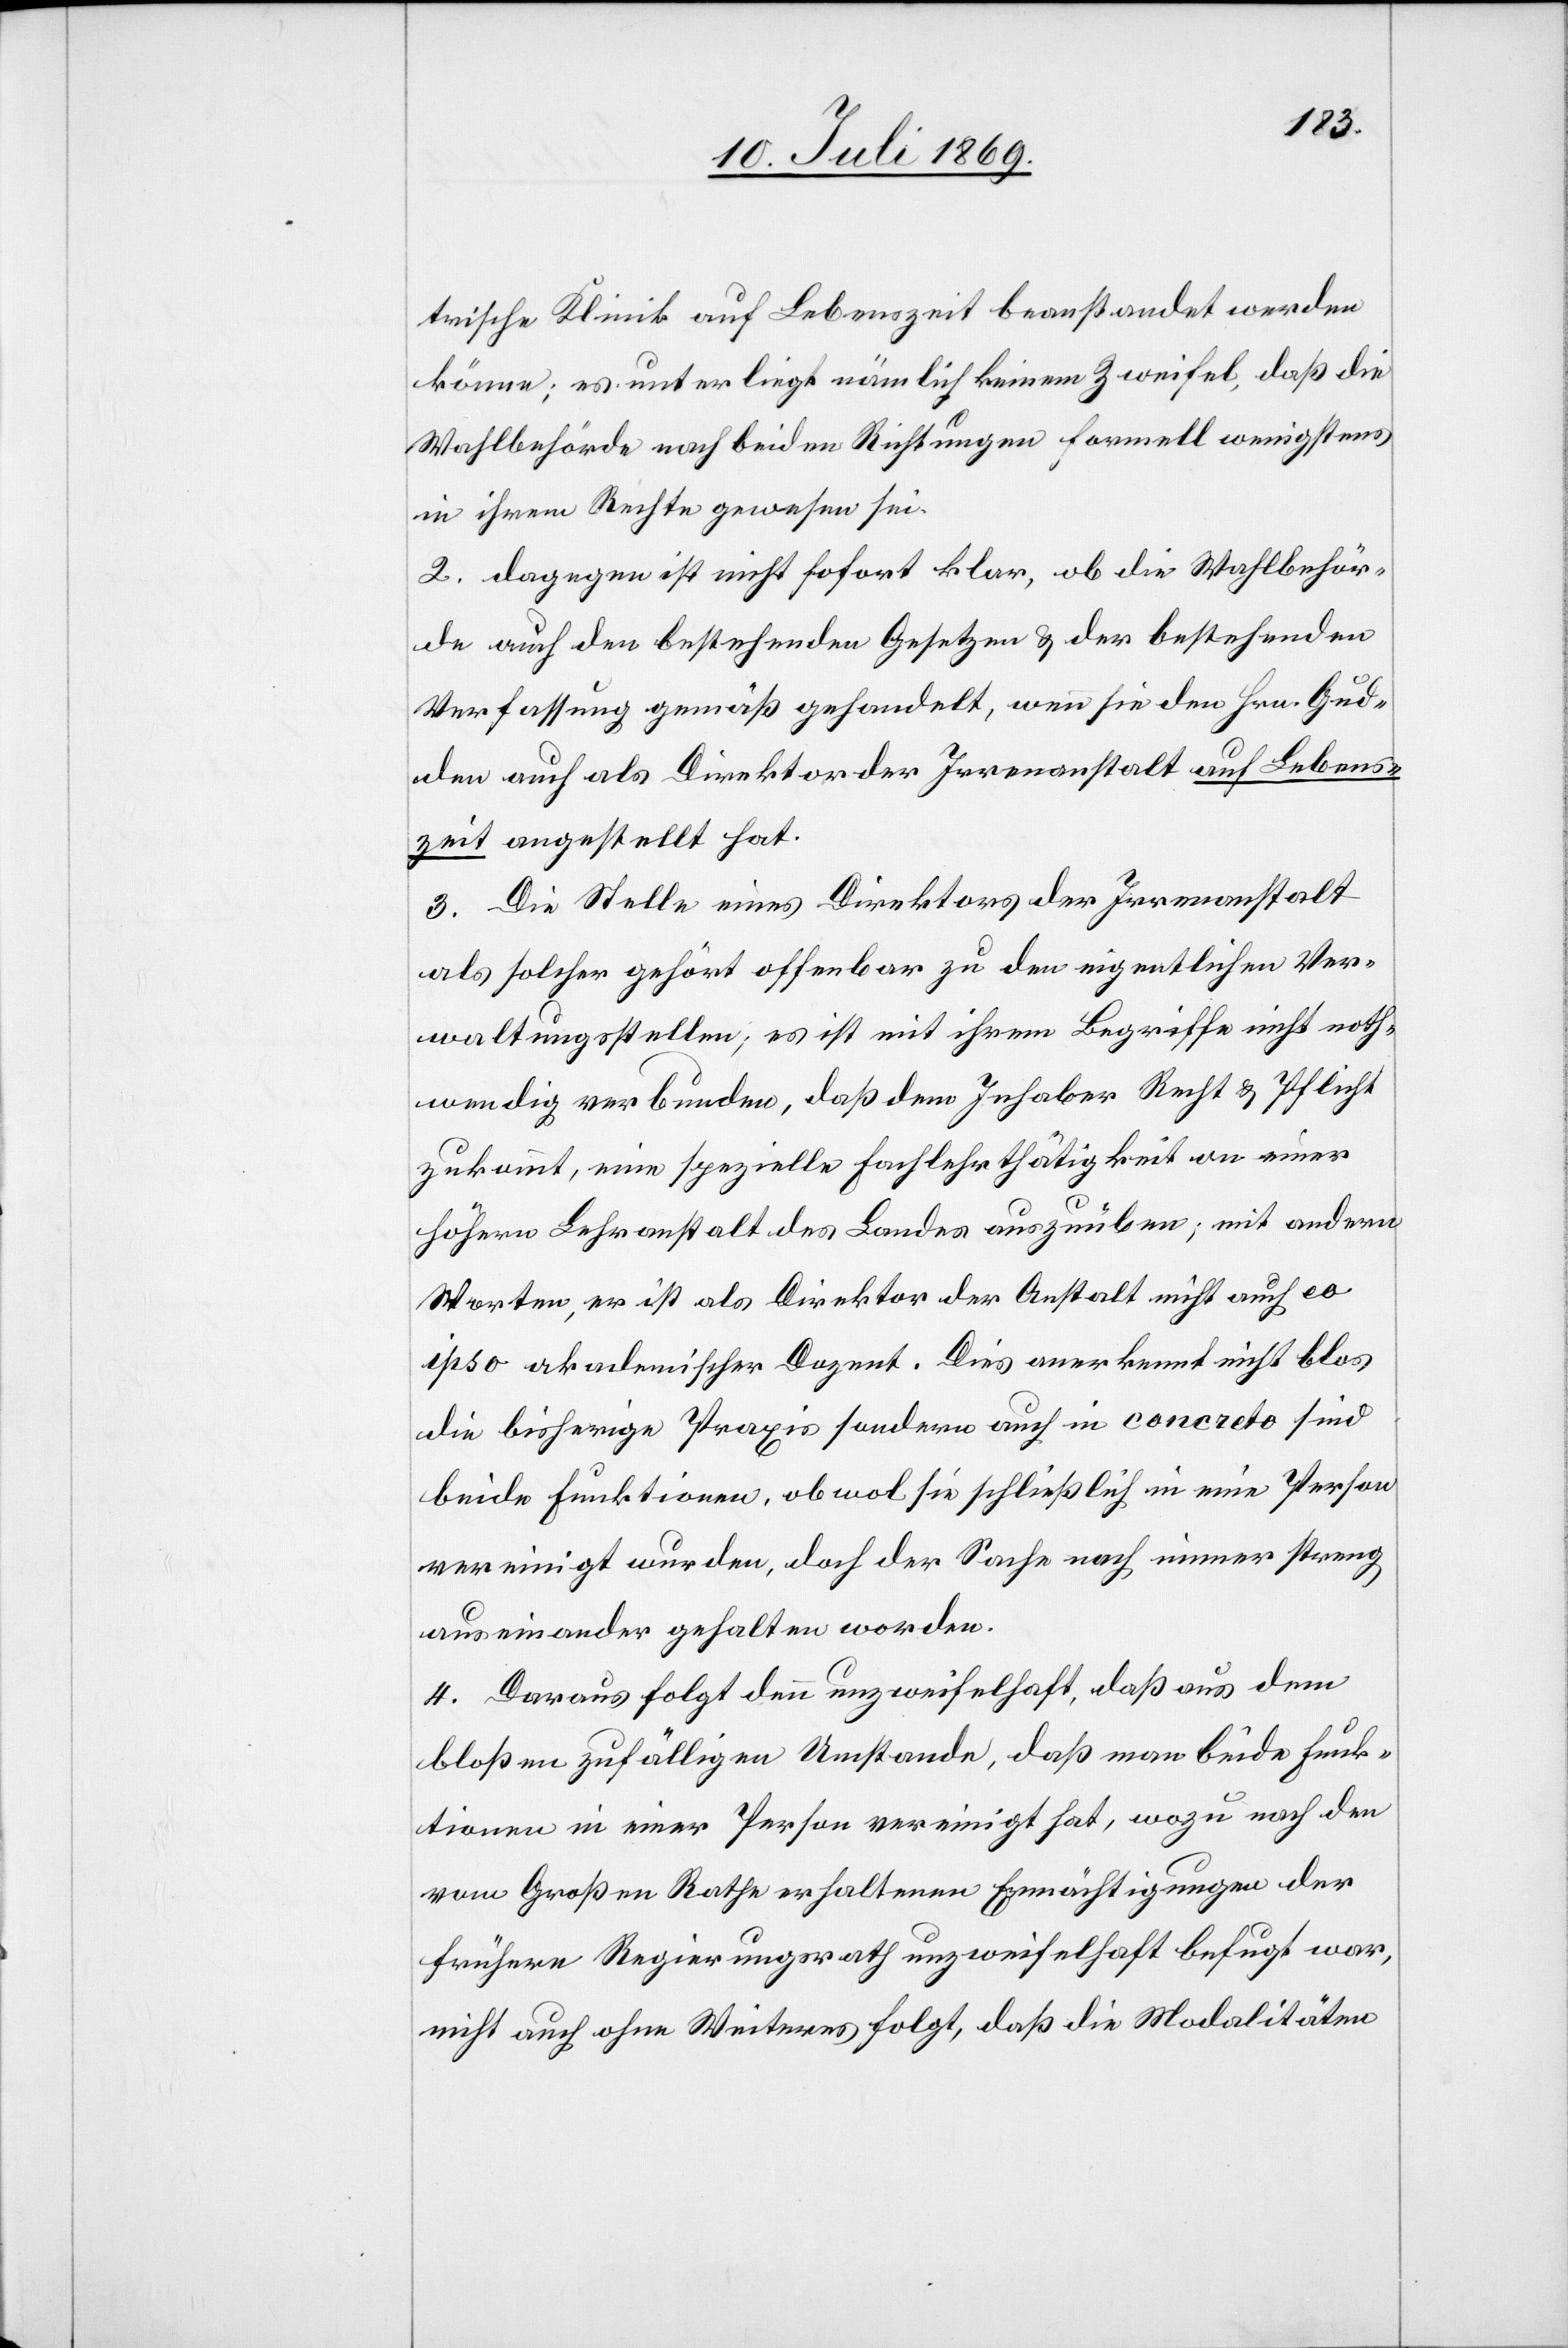
trische Klinik auf Lebenszeit beanstandet werden
könne; es unterliegt nämlich keinem Zweifel, daß die
Wahlbehörde nach beiden Richtungen formell wenigstens
in ihrem Rechte gewesen sei.
2. dagegen ist nicht sofort klar, ob die Wahlbehör¬
de auch den bestehenden Gesetzen u. der bestehenden
Verfassung gemäß gehandelt, wenn sie den Hrn. Gud¬
den auch als Direktor der Irrenanstalt auf Lebens¬
zeit angestellt hat.
3. Die Stelle eines Direktors der Irrenanstalt
als solcher gehört offenbar zu den eigentlichen Ver¬
waltungsstellen; es ist mit ihrem Begriffe nicht noth¬
wendig verbunden, daß dem Inhaber Recht u. Pflicht
zukommt, eine spezielle Fachlehrthätigkeit an einer
höhern Lehranstalt des Landes auszuüben; mit andern
Worten, er ist als Direktor der Anstalt nicht auch eo
ipso akademischer Dozent. Dies anerkennt nicht blos
die bisherige Praxis sondern auch in concreto sind
beide Funktionen, obwol sie schließlich in eine Person
vereinigt wurden, doch der Sache nach immer streng
auseinander gehalten worden.
4. Daraus folgt denn unzweifelhaft, daß aus dem
bloßen zufälligen Umstande, daß man beide Funk¬
tionen in einer Person vereinigt hat, wozu nach den
vom Großen Rathe erhaltenen Ermächtigungen der
frühere Regierungsrath unzweifelhaft behuft war,
nicht auch ohne Weiteres folgt, daß die Modalitäten